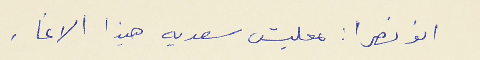
ابو نصرا : معليش سعديه هيذا الاغا .